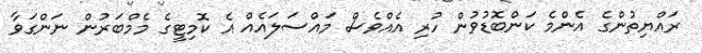
ރައްޔިތުންގެ އެންމެ ކަންބޮޑުވުން ހުރި އެއްވެސް މައްސަލައެއް އެ ކޮމިޓީގެ މެމްބަރުން ނަންގަވާ